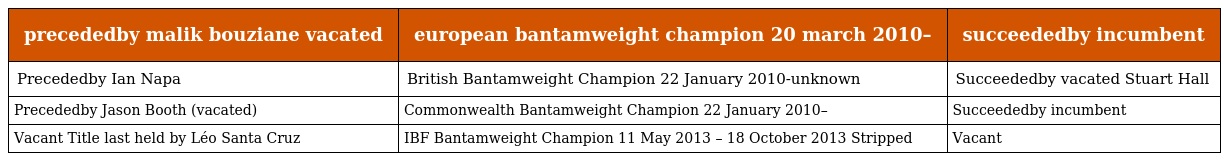
| precededby malik bouziane vacated | european bantamweight champion 20 march 2010– | succeededby incumbent |
 | --- | --- | --- |
 | Precededby Ian Napa | British Bantamweight Champion 22 January 2010-unknown | Succeededby vacated Stuart Hall |
 | Precededby Jason Booth (vacated) | Commonwealth Bantamweight Champion 22 January 2010– | Succeededby incumbent |
 | Vacant Title last held by Léo Santa Cruz | IBF Bantamweight Champion 11 May 2013 – 18 October 2013 Stripped | Vacant |